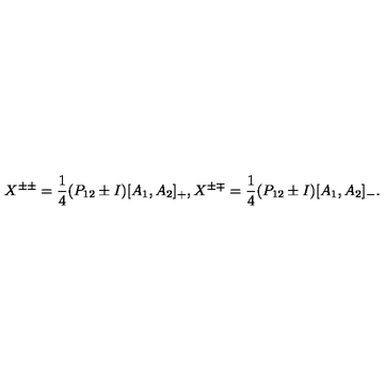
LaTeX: X ^ { \pm \pm } = \frac { 1 } { 4 } ( P _ { 1 2 } \pm I ) [ A _ { 1 } , A _ { 2 } ] _ { + } , X ^ { \pm \mp } = \frac { 1 } { 4 } ( P _ { 1 2 } \pm I ) [ A _ { 1 } , A _ { 2 } ] _ { - } .